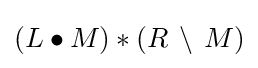
(L\bullet M)\ast (R\,\setminus \,M)